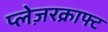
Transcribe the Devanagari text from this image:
प्लेज़रक्राफ्ट